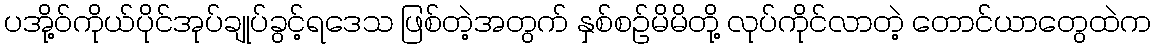
ပအို့ဝ်ကိုယ်ပိုင်အုပ်ချုပ်ခွင့်ရဒေသ ဖြစ်တဲ့အတွက် နှစ်စဉ်မိမိတို့ လုပ်ကိုင်လာတဲ့ တောင်ယာတွေထဲက